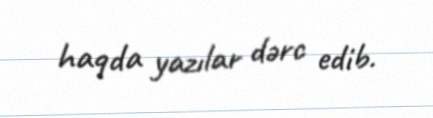
haqda yazılar dərc edib.